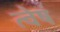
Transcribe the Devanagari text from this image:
त्वेषं